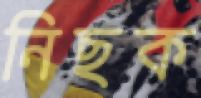
নিছক